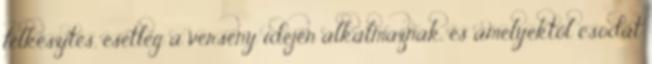
felkészítés, esetleg a verseny idején alkalmaznak, és amelyektől csodát